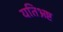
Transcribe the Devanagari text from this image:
यतिभ्रष्ट